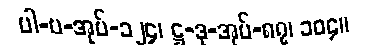
ပါ-ပ-အုပ်-၁၂၄၊ ဋ္ဌ-ဒု-အုပ်-၈၇၊ ၁၀၄။